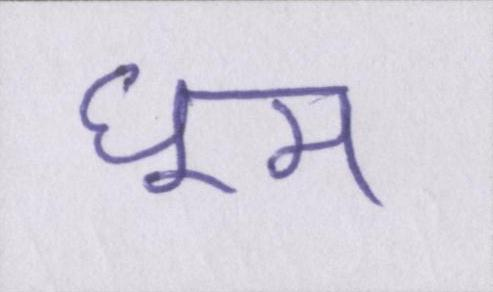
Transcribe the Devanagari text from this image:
घूम